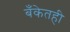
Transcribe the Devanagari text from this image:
बँकेतही